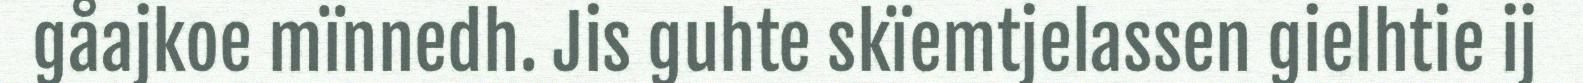
gåajkoe mïnnedh. Jis guhte skïemtjelassen gielhtie ij